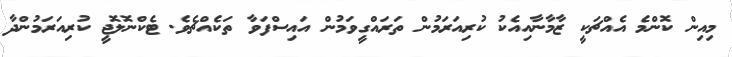
މިއިން ކޮންމެ އެއްޗަކީ ޒާމާނާއިއެކު ކުރިއަރަމުން ތަރައްގީވަމުން އައިސްފަވާ ތަކެއްޗެވެ. ޓެކްނޮލޮޖީ ކުރިއަރަމުންދާ